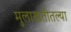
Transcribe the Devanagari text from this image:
मुलाखतीतल्या